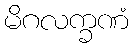
မိဂလက္ခဏံ